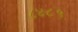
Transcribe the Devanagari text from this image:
८४८१